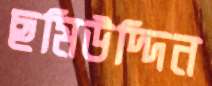
ছমিউদ্দিন